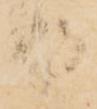
り